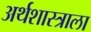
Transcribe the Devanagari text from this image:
अर्थशास्त्राला